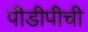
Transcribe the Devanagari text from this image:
पीडीपीची